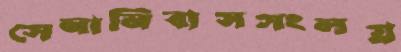
সেনানিবাসসংলগ্ন